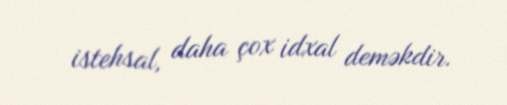
istehsal, daha çox idxal deməkdir.